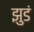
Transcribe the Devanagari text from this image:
झुडं